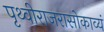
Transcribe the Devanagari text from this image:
पृथ्वीराजरासोकाव्यं